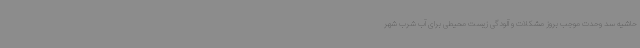
حاشیه سد وحدت موجب بروز مشکلات و آلودگی زیست ‌محیطی برای آب شرب شهر